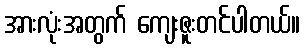
အားလုံးအတွက် ကျေးဇူးတင်ပါတယ်။